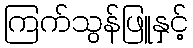
ကြက်သွန်ဖြူနှင့်